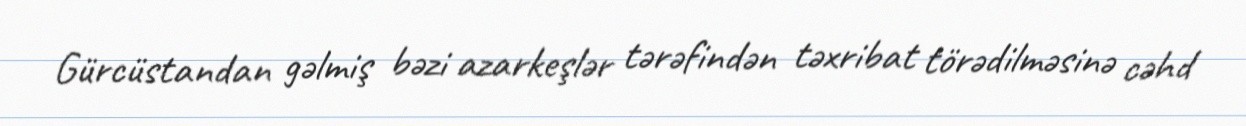
Gürcüstandan gəlmiş bəzi azarkeşlər tərəfindən təxribat törədilməsinə cəhd